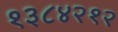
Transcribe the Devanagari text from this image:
१३८४२१२